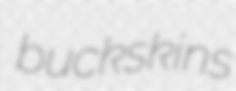
buckskins